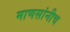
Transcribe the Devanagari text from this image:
माणसांनीच